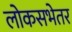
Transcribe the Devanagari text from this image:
लोकसभेतर